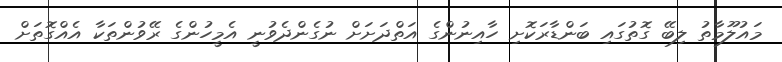
މައުލޫމާތު ލިބޭ ގޮތުގައި ބަންޑާރަކޮށި ހާއިނުންގެ އަތްދަށަށް ނުގެންދެވުނީ އެމީހުންގެ ރޭވުންތަކާ އެއްގޮތަށް